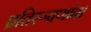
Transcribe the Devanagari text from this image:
प्रतिरूपणांना